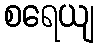
စရေယျ